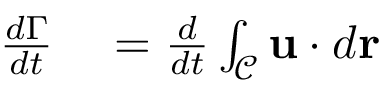
\begin{array} { r l } { \frac { d \Gamma } { d t } } & { { } { } = \frac { d } { d t } \int _ { \mathcal { C } } \mathbf { u } \cdot d \mathbf { r } } \end{array}